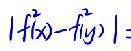
\(\left| f^{2}(x)-f^{2}(y)\right|\)